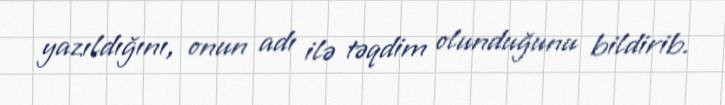
yazıldığını, onun adı ilə təqdim olunduğunu bildirib.